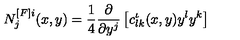
N _ { j } ^ { [ F ] i } ( x , y ) = \frac { 1 } { 4 } \frac { \partial } { \partial y ^ { j } } \left[ c _ { l k } ^ { \iota } ( x , y ) y ^ { l } y ^ { k } \right]